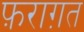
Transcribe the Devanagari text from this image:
फ़राग़त